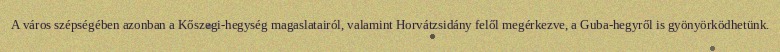
A város szépségében azonban a Kőszegi-hegység magaslatairól, valamint Horvátzsidány felől megérkezve, a Guba-hegyről is gyönyörködhetünk.